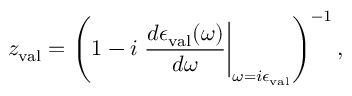
z _ { \mathrm { v a l } } = \left( 1 - i \left. \frac { d \epsilon _ { \mathrm { v a l } } ( \omega ) } { d \omega } \right| _ { \omega = i \epsilon _ { \mathrm { v a l } } } \right) ^ { - 1 } ,